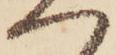
ハ